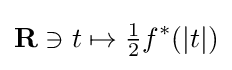
\mathbf {R} \ni t\mapsto {\tfrac {1}{2}}f^{\ast }(|t|)